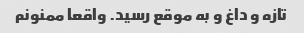
تازه و داغ و به موقع رسید. واقعا ممنونم